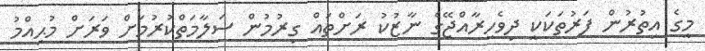
މީގެ އިތުރުން ފަރުތަކަކީ ދިވެހިރާއްޖޭގެ ނާޒުކު ރަށްތައް ގިރުމުން ސަލާމަތްކުރުމަށް ވަރަށް މުޙިއްމު